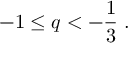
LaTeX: - 1 \le q < - \frac { 1 } { 3 } \; .